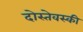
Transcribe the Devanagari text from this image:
दोस्तेवस्की